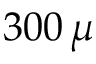
3 0 0 \, \mu